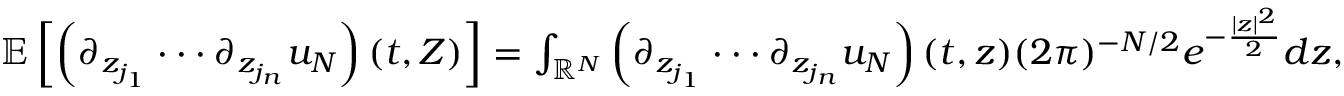
\begin{array} { r } { \mathbb { E } \left[ \left( \partial _ { z _ { j _ { 1 } } } \cdot \cdot \cdot \partial _ { z _ { j _ { n } } } u _ { N } \right) ( t , Z ) \right] = \int _ { \mathbb { R } ^ { N } } \left( \partial _ { z _ { j _ { 1 } } } \cdot \cdot \cdot \partial _ { z _ { j _ { n } } } u _ { N } \right) ( t , z ) ( 2 \pi ) ^ { - N / 2 } e ^ { - \frac { | z | ^ { 2 } } { 2 } } d z , } \end{array}